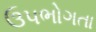
ઉપભોગતા